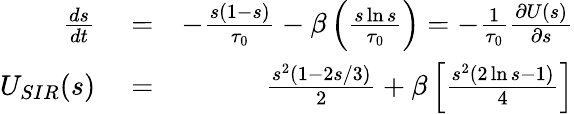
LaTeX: \begin{array}{rlr}{\frac{d{s}}{dt}}&{{}=}&{-\frac{{s}(1-{s})}{\tau_{0}}-\beta\left(\frac{s\ln{s}}{\tau_{0}}\right)=-\frac{1}{\tau_{0}}\frac{\partial U(s)}{\partial s}}\\ {U_{SIR}(s)}&{{}=}&{\frac{s^{2}(1-2s/3)}{2}+\beta\left[\frac{s^{2}(2\ln{s}-1)}{4}\right]}\end{array}